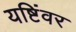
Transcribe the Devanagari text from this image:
यष्टिंवर